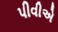
પીવીએ